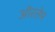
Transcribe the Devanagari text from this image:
ऑरलेम